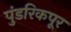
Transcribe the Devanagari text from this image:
पुंडरिकपूर